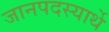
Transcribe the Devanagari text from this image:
जानपदस्यार्थे